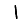
Digit: 1